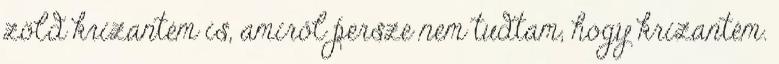
zöld krizantém is, amiről persze nem tudtam, hogy krizantém.